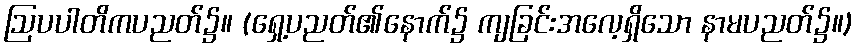
ဩပပါတိကပညတ်၌။ (ရှေ့ပညတ်၏နောက်၌ ကျခြင်းအလေ့ရှိသော နာမပညတ်၌။)